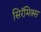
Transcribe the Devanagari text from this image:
सिरॅमिक्स